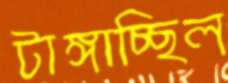
টাঙ্গাচ্ছিল